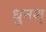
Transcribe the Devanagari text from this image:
धुनश्